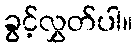
ခွင့်လွှတ်ပါ။